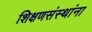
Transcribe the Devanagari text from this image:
शिक्षणसंस्थांना